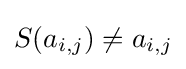
S(a_{i,j})\neq a_{i,j}